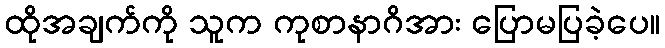
ထိုအချက်ကို သူက ကုစာနာဂိအား ပြောမပြခဲ့ပေ။